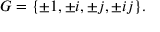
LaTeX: G = \{ \pm 1 , \pm i , \pm j , \pm i j \} .